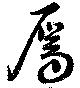
屬